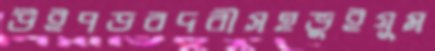
উইপডবদরীসহভুইয়ুম